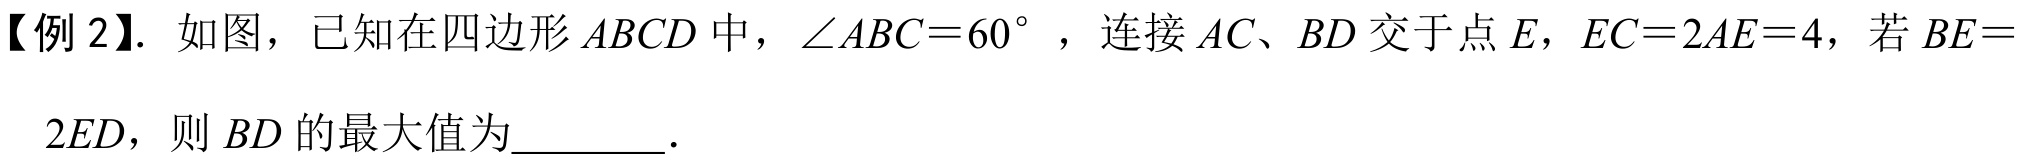
【例2】. 如图，已知在四边形$ABCD$中，$\angle ABC = 60^{\circ}$，连接$AC、BD$交于点$E$，$EC = 2AE=4$，若$BE = 2ED$，则$BD$的最大值为  ．